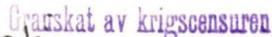
Granskat av krigscensuren